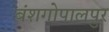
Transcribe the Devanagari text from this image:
बंशगोपालपुर